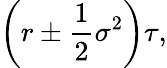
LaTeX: \left(r\pm{\frac{1}{2}}\sigma^{2}\right)\tau,